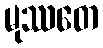
မုဿတေ